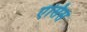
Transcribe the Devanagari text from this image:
एंसिस